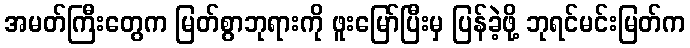
အမတ်ကြီးတွေက မြတ်စွာဘုရားကို ဖူးမြော်ပြီးမှ ပြန်ခဲ့ဖို့ ဘုရင်မင်းမြတ်က